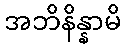
အဘိနိန္နာမိ